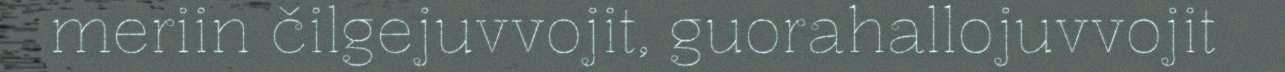
meriin čilgejuvvojit, guorahallojuvvojit